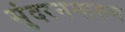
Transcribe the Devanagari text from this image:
सुंदरनमारुम